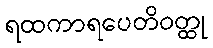
ရထကာရပေတိဝတ္ထု